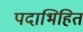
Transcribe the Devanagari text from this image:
पदाभिहित